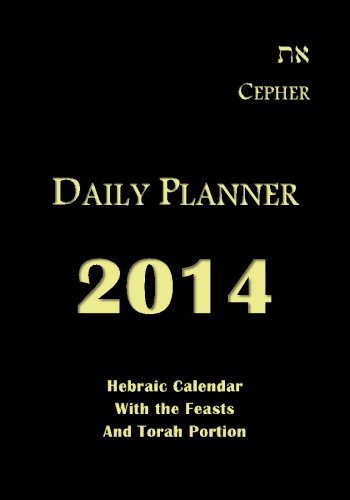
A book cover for Cepher Daily Planner 2014: Hebraic Calendar with the Feasts and Torah Portion; Stephen Pidgeon; Calendars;